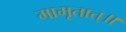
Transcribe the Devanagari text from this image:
मामृतात्॥